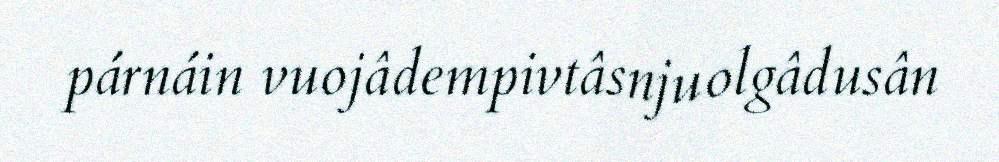
párnáin vuojâdempivtâsnjuolgâdusân